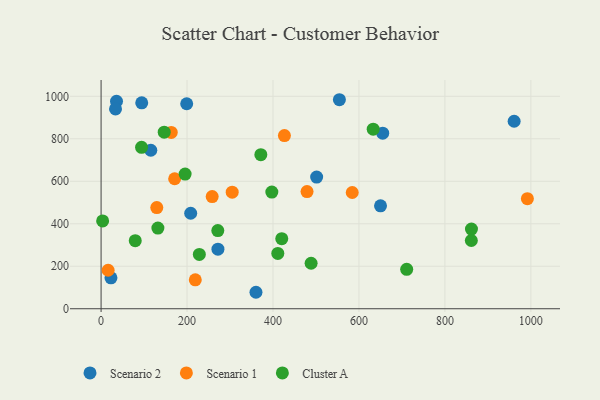
{"axis": {"x": "Ad Spend", "y": "Yield"}, "legend": ["Cluster A", "Scenario 1", "Scenario 2"], "data": [{"x": "199.2", "y": 965.0, "type": "Scenario 2"}, {"x": "650.2", "y": 484.6, "type": "Scenario 2"}, {"x": "35.9", "y": 976.7, "type": "Scenario 2"}, {"x": "208.5", "y": 449.6, "type": "Scenario 2"}, {"x": "554.5", "y": 983.9, "type": "Scenario 2"}, {"x": "33.6", "y": 940.8, "type": "Scenario 2"}, {"x": "23.0", "y": 145.4, "type": "Scenario 2"}, {"x": "655.3", "y": 826.4, "type": "Scenario 2"}, {"x": "961.1", "y": 882.5, "type": "Scenario 2"}, {"x": "501.6", "y": 620.0, "type": "Scenario 2"}, {"x": "94.6", "y": 969.4, "type": "Scenario 2"}, {"x": "271.9", "y": 280.5, "type": "Scenario 2"}, {"x": "115.7", "y": 746.0, "type": "Scenario 2"}, {"x": "360.4", "y": 77.5, "type": "Scenario 2"}, {"x": "129.6", "y": 476.1, "type": "Scenario 1"}, {"x": "16.4", "y": 181.1, "type": "Scenario 1"}, {"x": "163.3", "y": 830.0, "type": "Scenario 1"}, {"x": "426.6", "y": 815.3, "type": "Scenario 1"}, {"x": "305.1", "y": 548.9, "type": "Scenario 1"}, {"x": "219.2", "y": 136.0, "type": "Scenario 1"}, {"x": "258.5", "y": 527.9, "type": "Scenario 1"}, {"x": "171.2", "y": 611.9, "type": "Scenario 1"}, {"x": "479.2", "y": 551.5, "type": "Scenario 1"}, {"x": "991.9", "y": 518.0, "type": "Scenario 1"}, {"x": "584.4", "y": 547.2, "type": "Scenario 1"}, {"x": "411.2", "y": 260.4, "type": "Cluster A"}, {"x": "711.1", "y": 185.6, "type": "Cluster A"}, {"x": "146.9", "y": 831.1, "type": "Cluster A"}, {"x": "861.8", "y": 374.8, "type": "Cluster A"}, {"x": "79.5", "y": 320.4, "type": "Cluster A"}, {"x": "488.7", "y": 214.1, "type": "Cluster A"}, {"x": "195.5", "y": 633.8, "type": "Cluster A"}, {"x": "94.2", "y": 759.9, "type": "Cluster A"}, {"x": "861.5", "y": 321.3, "type": "Cluster A"}, {"x": "3.6", "y": 413.2, "type": "Cluster A"}, {"x": "397.3", "y": 549.4, "type": "Cluster A"}, {"x": "633.2", "y": 845.4, "type": "Cluster A"}, {"x": "132.2", "y": 379.9, "type": "Cluster A"}, {"x": "420.4", "y": 329.6, "type": "Cluster A"}, {"x": "228.6", "y": 255.5, "type": "Cluster A"}, {"x": "271.6", "y": 367.9, "type": "Cluster A"}, {"x": "371.7", "y": 725.3, "type": "Cluster A"}]}